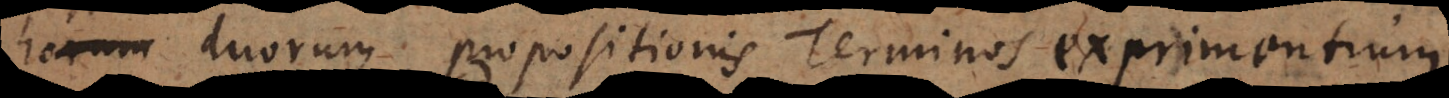
duorum propositionis Terminos exprimentium